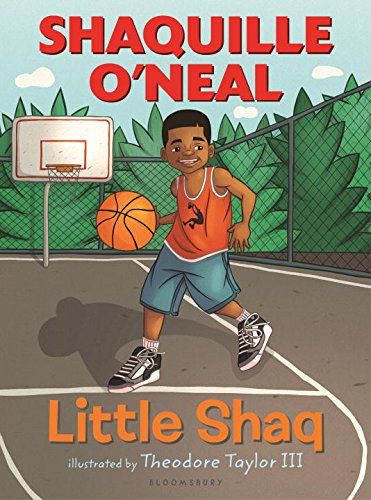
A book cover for Little Shaq; Shaquille O'Neal; Children's Books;